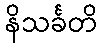
နိသင်္ခတိ